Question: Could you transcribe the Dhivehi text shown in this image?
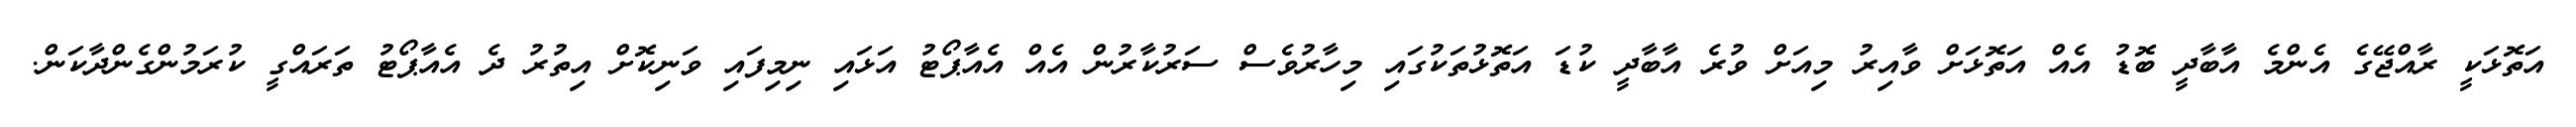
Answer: އަތޮޅަކީ ރާއްޖޭގެ އެންމެ އާބާދީ ބޮޑު އެއް އަތޮޅަށް ވާއިރު މިއަށް ވުރެ އާބާދީ ކުޑަ އަތޮޅުތަކުގައި މިހާރުވެސް ސަރުކާރުން އެއް އެއާޕޯޓު އަޅައި ނިމިފައި ވަނިކޮށް އިތުރު ދެ އެއާޕޯޓު ތަރައްގީ ކުރަމުންގެންދާކަން.